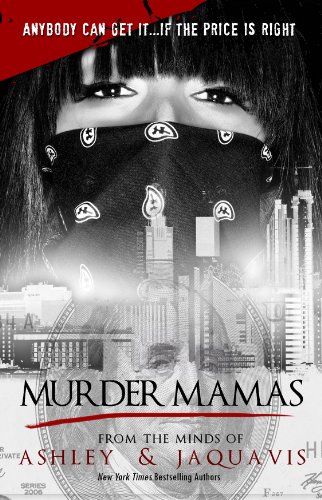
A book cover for Murder Mamas; Ashley and JaQuavis; Mystery, Thriller & Suspense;